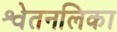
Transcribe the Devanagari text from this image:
श्वेतनलिका